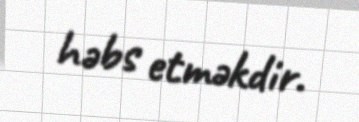
həbs etməkdir.